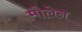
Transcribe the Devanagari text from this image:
मौलेन